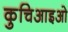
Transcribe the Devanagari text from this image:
कुचिआइओ